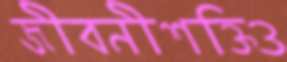
জীবনীশক্তিও